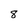
Character: 8